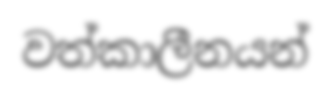
වත්කාලීනයන්